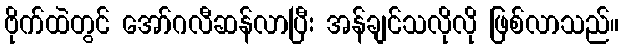
ဗိုက်ထဲတွင် အော်ဂလီဆန်လာပြီး အန်ချင်သလိုလို ဖြစ်လာသည်။